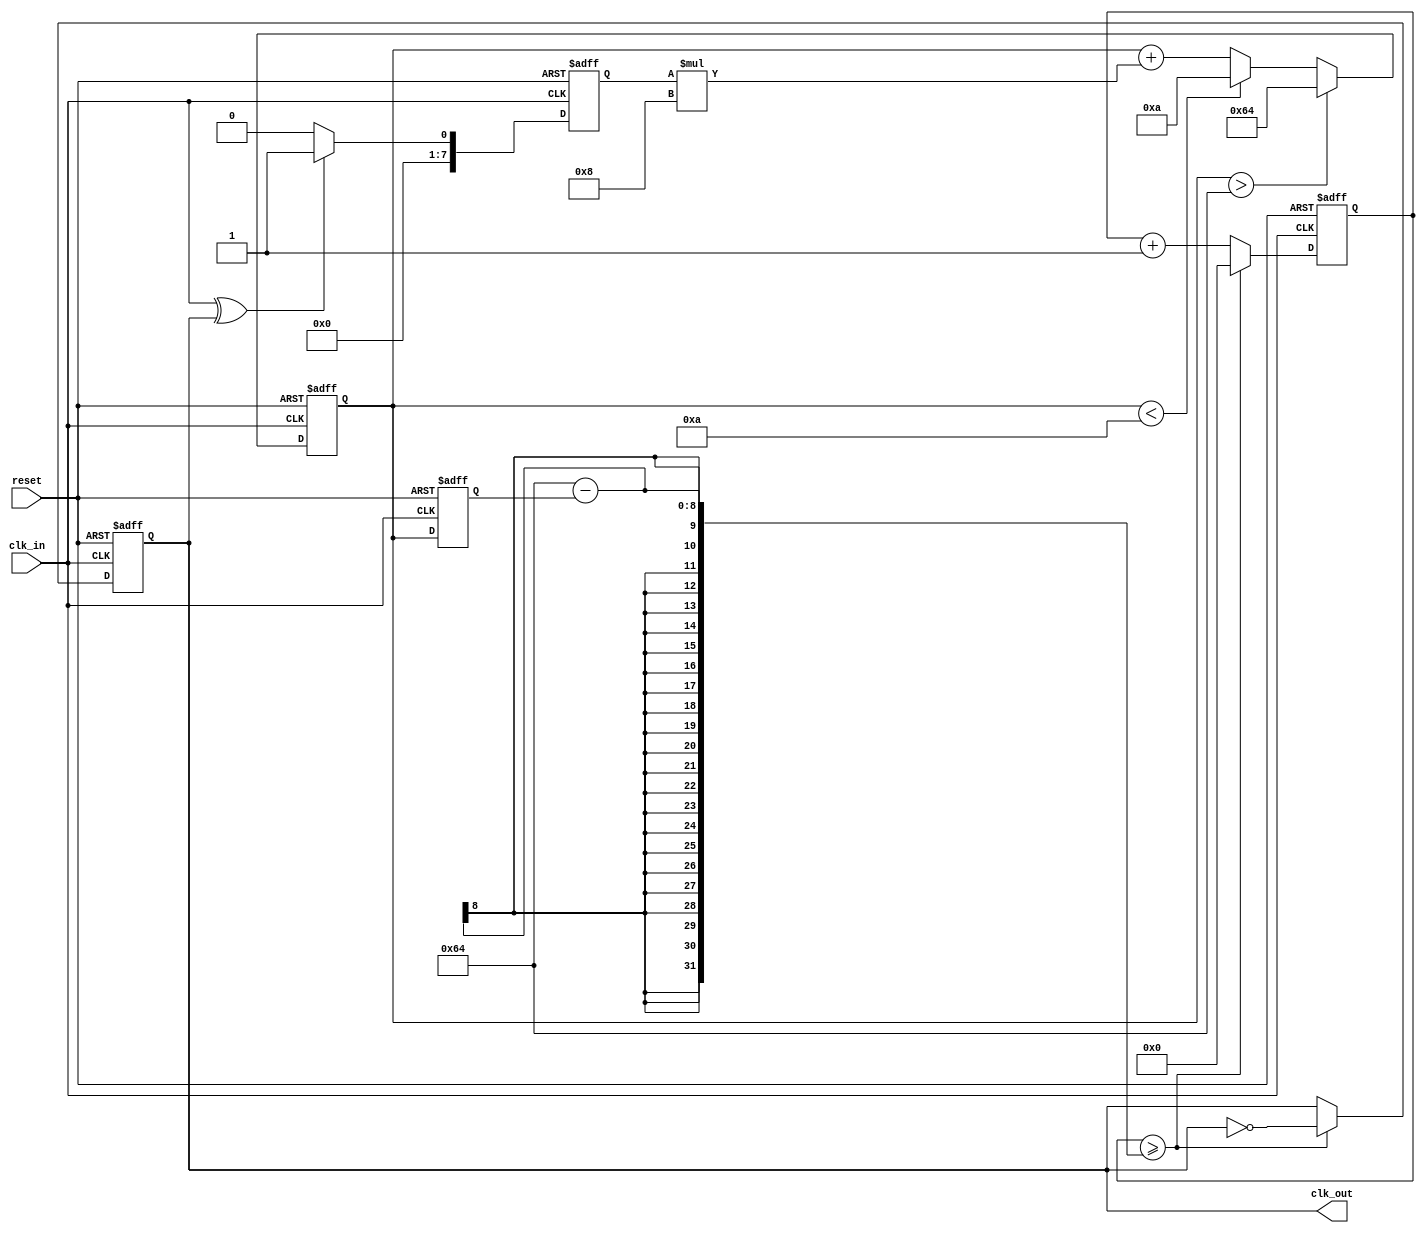
module ClockRecoveryPLL (
    input wire clk_in,         // Incoming data signal
    input wire reset,          // Asynchronous reset
    output reg clk_out         // Output clock signal
);

// Parameters
parameter VCO_MAX_FREQ = 100; // Maximum frequency of VCO
parameter VCO_MIN_FREQ = 10;   // Minimum frequency of VCO
parameter LF_COEFF = 8;        // Loop filter coefficient

// Internal signals
reg [7:0] phase_error;         // Phase error signal
reg [7:0] control_voltage;      // Control voltage for VCO
reg [7:0] vco_freq;            // Frequency of VCO
reg [7:0] vco_counter;         // VCO counter for clock generation

// Phase Detector (PD)
always @(posedge clk_in or posedge reset) begin
    if (reset) begin
        phase_error <= 0;
    end else begin
        // Simple XOR phase detector
        phase_error <= (clk_in ^ clk_out) ? 1 : 0; // 1 if phase difference detected
    end
end

// Loop Filter (LF)
always @(posedge clk_in or posedge reset) begin
    if (reset) begin
        control_voltage <= 0;
    end else begin
        // Simple first-order loop filter
        control_voltage <= control_voltage + (phase_error * LF_COEFF);
        // Clamp control voltage to VCO frequency limits
        if (control_voltage > VCO_MAX_FREQ)
            control_voltage <= VCO_MAX_FREQ;
        else if (control_voltage < VCO_MIN_FREQ)
            control_voltage <= VCO_MIN_FREQ;
    end
end

// Voltage-Controlled Oscillator (VCO)
always @(posedge clk_in or posedge reset) begin
    if (reset) begin
        vco_freq <= VCO_MIN_FREQ; // Start at minimum frequency
        clk_out <= 0;
        vco_counter <= 0;
    end else begin
        // Adjust VCO frequency based on control voltage
        vco_freq <= control_voltage;

        // Generate output clock based on VCO frequency
        vco_counter <= vco_counter + 1;
        if (vco_counter >= (100 - vco_freq)) begin // Adjust based on VCO frequency
            clk_out <= ~clk_out; // Toggle output clock
            vco_counter <= 0; // Reset counter
        end
    end
end

endmodule